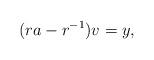
LaTeX: \begin{align*} (r a - r^{-1}) v = y,\end{align*}